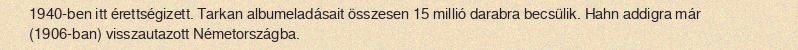
1940-ben itt érettségizett. Tarkan albumeladásait összesen 15 millió darabra becsülik. Hahn addigra már (1906-ban) visszautazott Németországba.